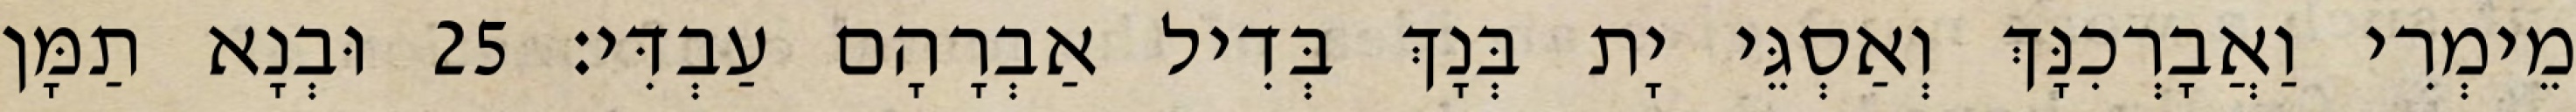
מֵימְרִי וַאֲבָרְכִנָּךְ וְאַסְגֵּי יָת בְּנָךְ בְּדִיל אַבְרָהָם עַבְדִּי׃ 25 וּבְנָא תַמָּן